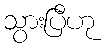
သွားပြီဟု